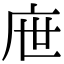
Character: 𢇸